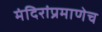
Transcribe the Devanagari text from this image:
मंदिरांप्रमाणेच